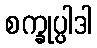
စက္ခုပ္ပါဒါ